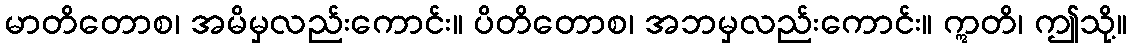
မာတိတောစ၊ အမိမှလည်းကောင်း။ ပိတိတောစ၊ အဘမှလည်းကောင်း။ ဣတိ၊ ဤသို့။